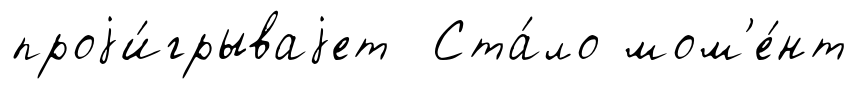
проjи́грываjет Ста́ло мом'е́нт